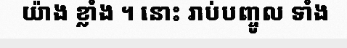
យ៉ាង ខ្លាំង ។ នោះ រាប់បញ្ចូល ទាំង